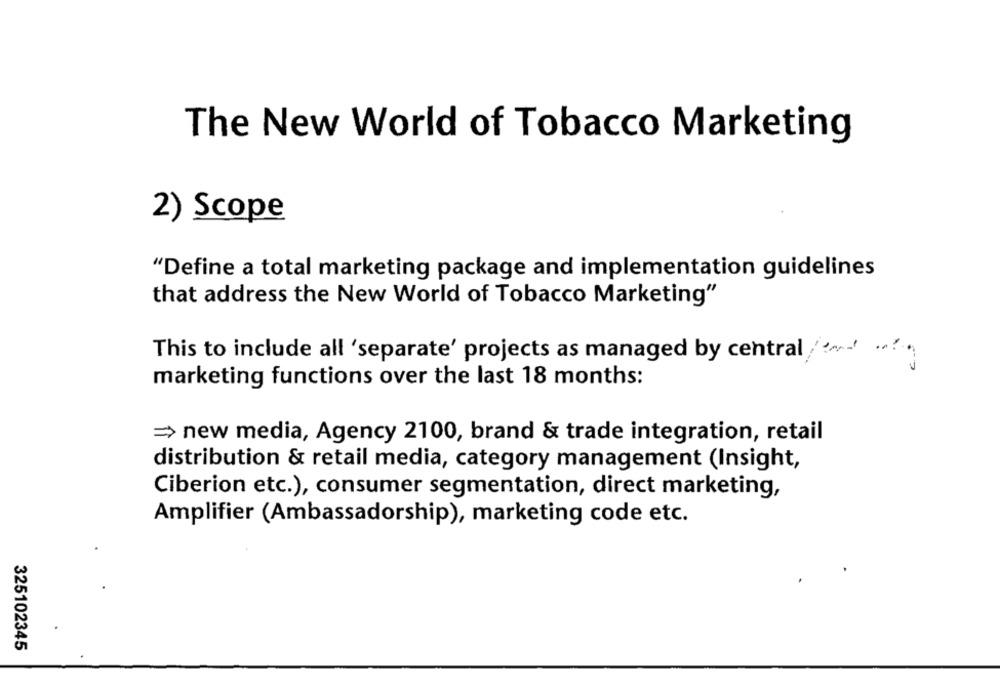
The New World of Tobacco Marketing
2) Scope
"Define a total marketing package and implementation guidelines
that address the New World of Tobacco Marketing"
This to include all 'separate' projects as managed by central / ·· ··
marketing functions over the last 18 months:
= new media, Agency 2100, brand & trade integration, retail
distribution & retail media, category management (Insight,
Ciberion etc.), consumer segmentation, direct marketing,
Amplifier (Ambassadorship), marketing code etc.
325102345